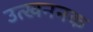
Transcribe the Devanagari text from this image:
उत्खननक